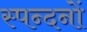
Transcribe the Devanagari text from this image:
स्पन्दनों